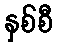
နှစ်စီ